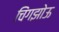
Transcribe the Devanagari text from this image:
चिंगझोऊ